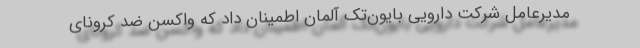
مدیرعامل شرکت دارویی بایون‌تک آلمان اطمینان داد که واکسن ضد کرونای